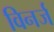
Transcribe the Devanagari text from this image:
विनर्ज